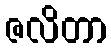
ဇလိတာ